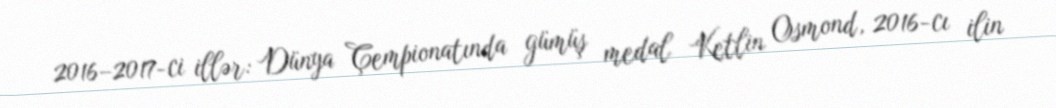
2016–2017-ci illər: Dünya Çempionatında gümüş medal Ketlin Osmond, 2016-cı ilin